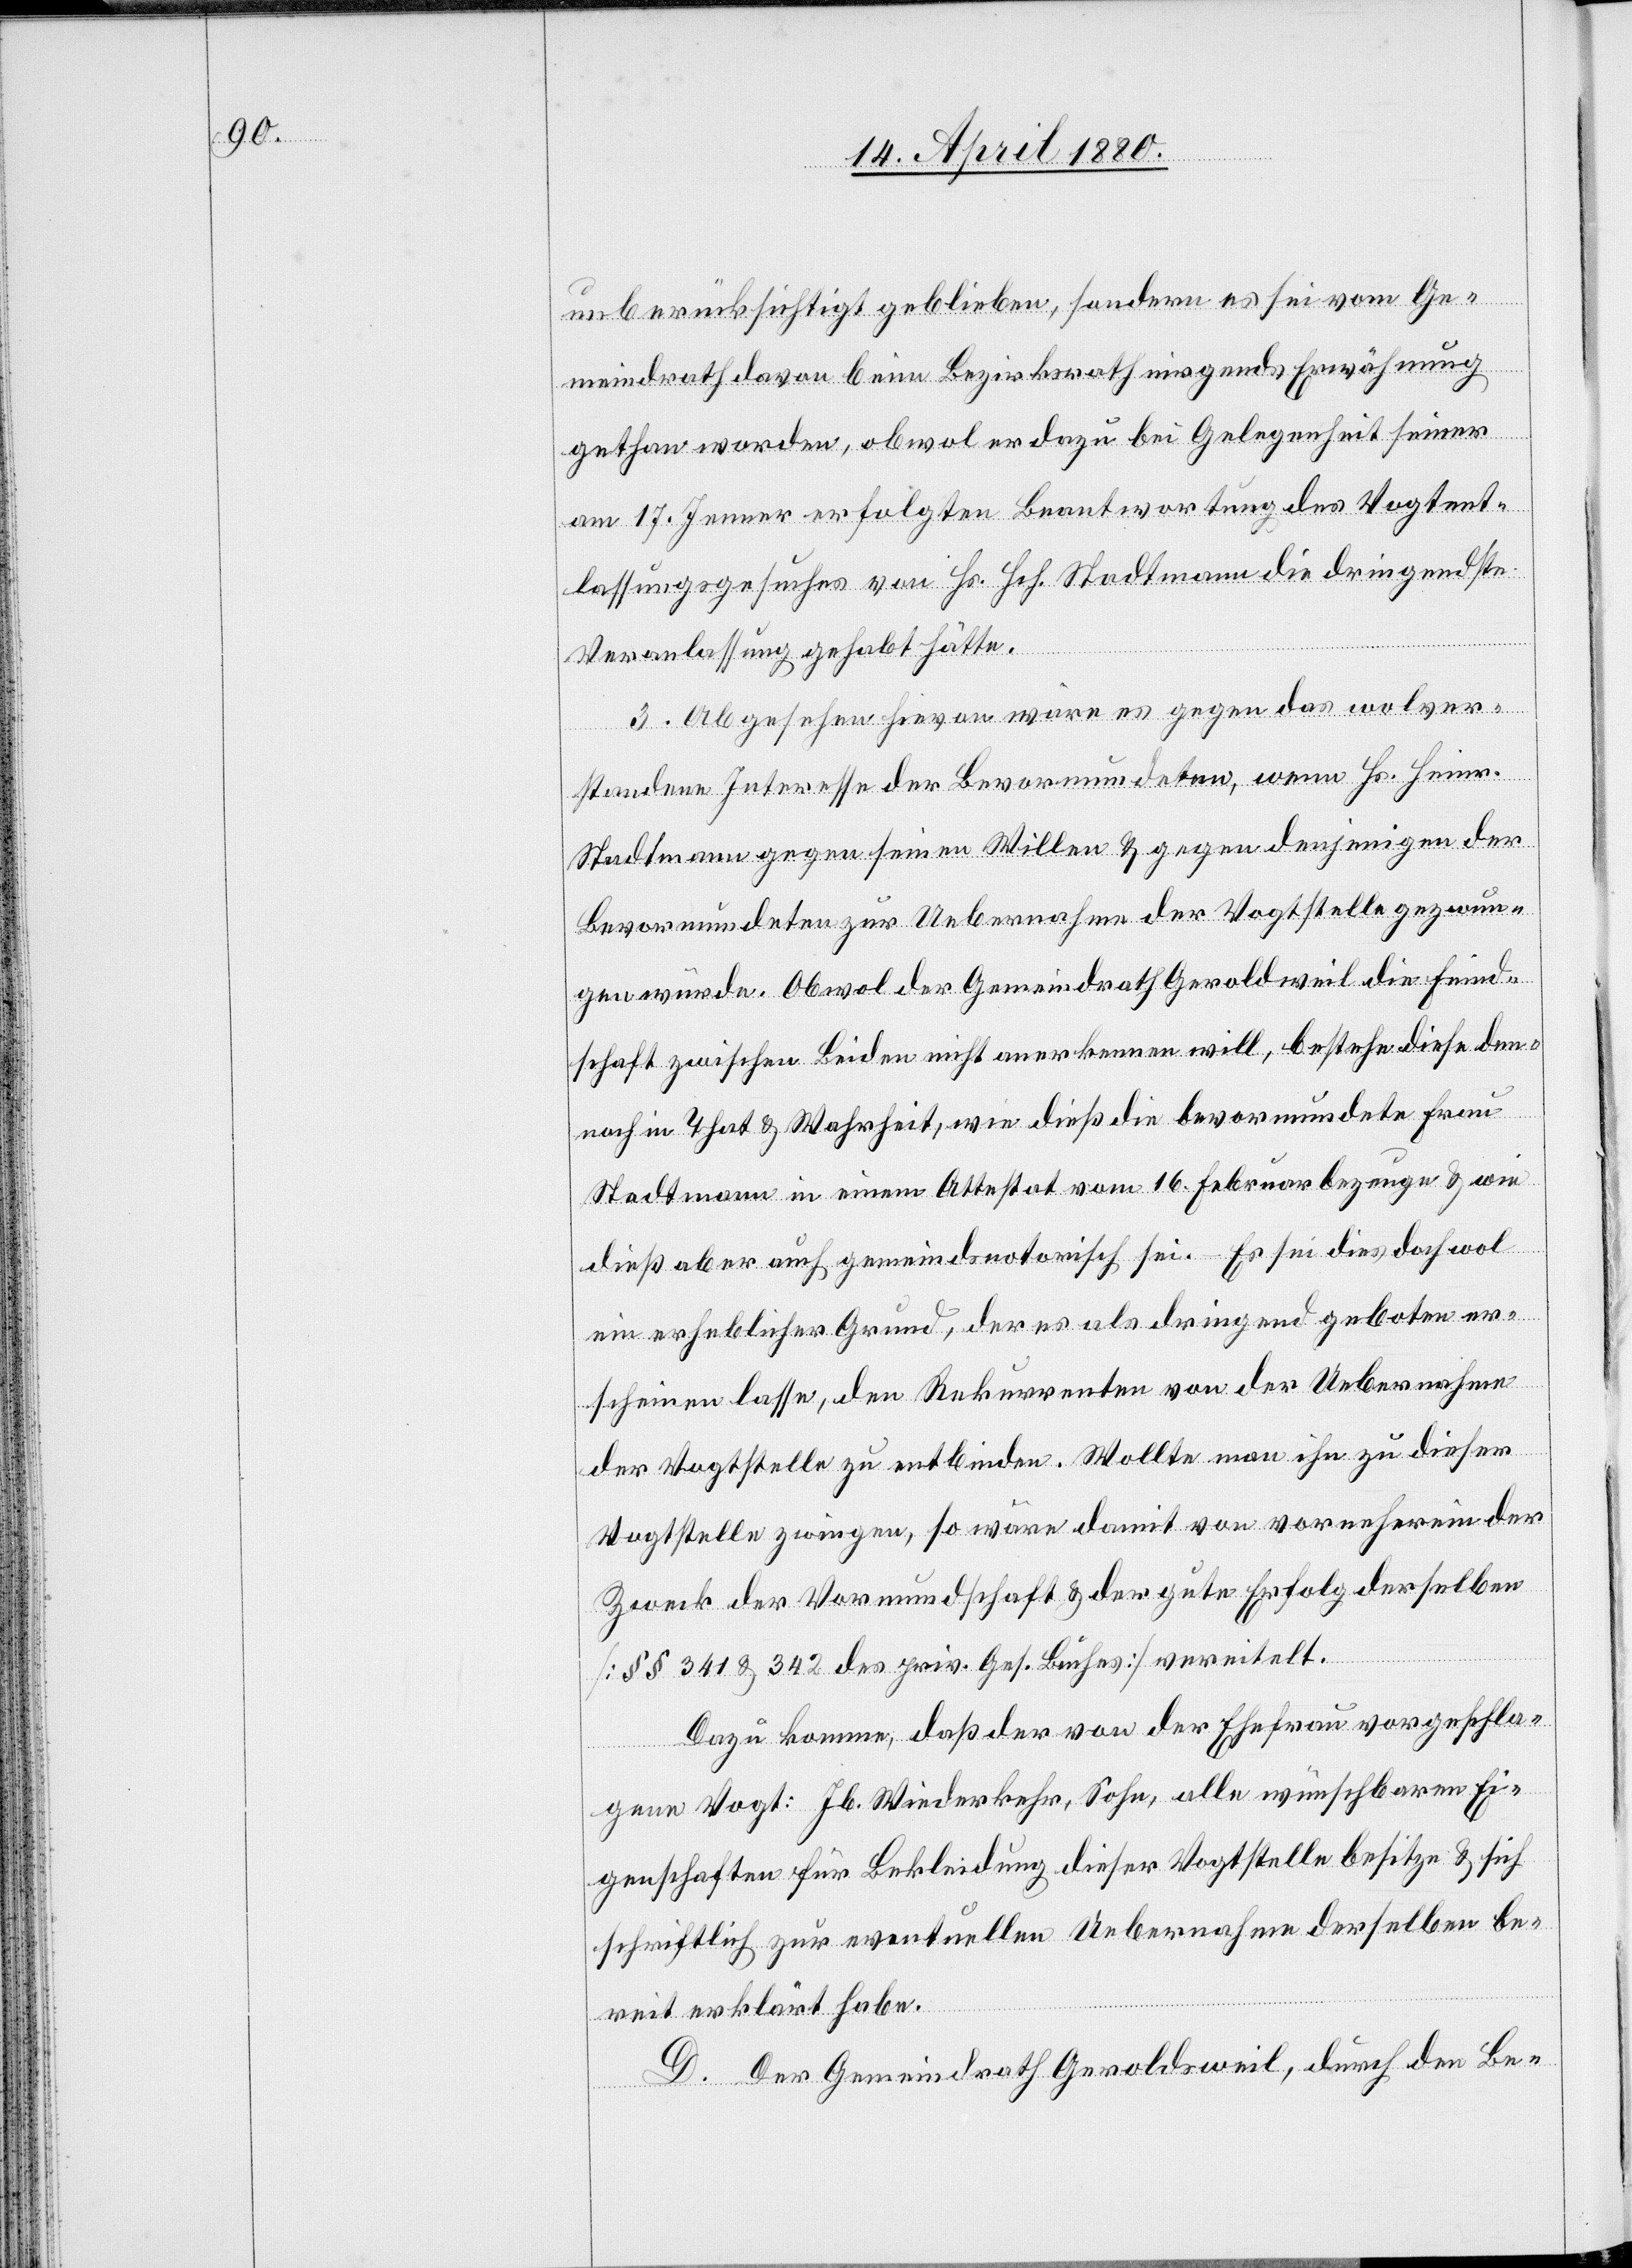
unberücksichtigt geblieben, sondern es sei vom Ge¬
meindrath davon beim Bezirksrath nirgends Erwähnung
gethan worden, obwol er dazu bei Gelegenheit seiner
am 17. Jenner erfolgten Beantwortung des Vogtent¬
lassungsgesuches von Hs. Hch. Stadtmann die dringendste
Veranlassung gehabt hätte.
3. Abgesehen hievon wäre es gegen das wolver¬
standene Interesse der Bevormundeten, wenn Hs. Heinr.
Stadtmann gegen seinen Willen & gegen denjenigen der
Bevormundeten zur Uebernahme der Vogtstelle gezwun¬
gen würde. Obwol der Gemeindrath Geroldsweil die Feind¬
schaft zwischen Beiden nicht anerkennen will, bestehe diese den¬
noch in That & Wahrheit, wie dieß die bevormundete Frau
Stadtmann in einem Attestat vom 16. Februar bezeuge & wie
dieß aber auch gemeindsnotorisch sei. – Es sei dies doch wol
ein erheblicher Grund, der es als dringend geboten er¬
scheinen lasse, den Rekurrenten von der Uebernahme
der Vogtstelle zu entbinden. Wollte man ihn zu dieser
Vogtstelle zwingen, so wäre damit von vornherein der
Zweck der Vormundschaft & der gute Erfolg derselben
[§§ 341 & 342 des priv. Ges. Buches] vereitelt.
Dazu komme, daß der von der Ehefrau vorgeschla¬
gene Vogt: Jb. Wiederkehr, Sohn, alle wünschbaren Ei¬
genschaften für Bekleidung dieser Vogtstelle besitze & sich
schriftlich zur eventuellen Uebernahme derselben be¬
reit erklärt habe.
D. Der Gemeindrath Geroldsweil, durch den Be-